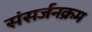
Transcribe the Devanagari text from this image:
संसर्जनक्रम